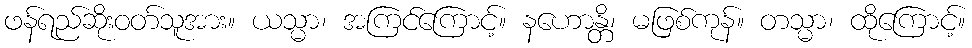
ဖန်ရည်ဆိုးဝတ်သူအား။ ယသ္မာ၊ အကြင်ကြောင့်။ နဟောန္တိ၊ မဖြစ်ကုန်။ တသ္မာ၊ ထိုကြောင့်။